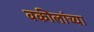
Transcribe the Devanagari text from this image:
वकीलांच्या